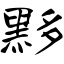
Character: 黟